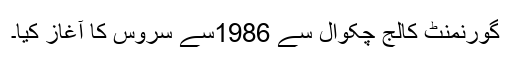
گورنمنٹ کالج چکوال سے 1986سے سروس کا آغاز کیا۔